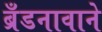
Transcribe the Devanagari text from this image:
ब्रँडनावाने